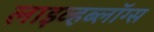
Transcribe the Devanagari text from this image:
लाइव्हब्लॉग्स